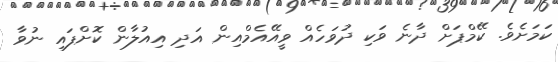
ކަމަށެވެ. ކޭމްޕަށް ދާނެ ވަކި ދުވަހެއް ވީއޭއެމްއިން އަދި އިއުލާން ކޮށްފައި ނުވާ